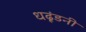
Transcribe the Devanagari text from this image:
धढूंडनी